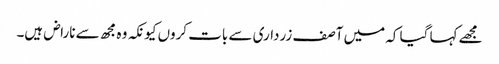
مجھے کہا گیا کہ میں آصف زرداری سے بات کروں کیونکہ وہ مجھ سے ناراض ہیں۔